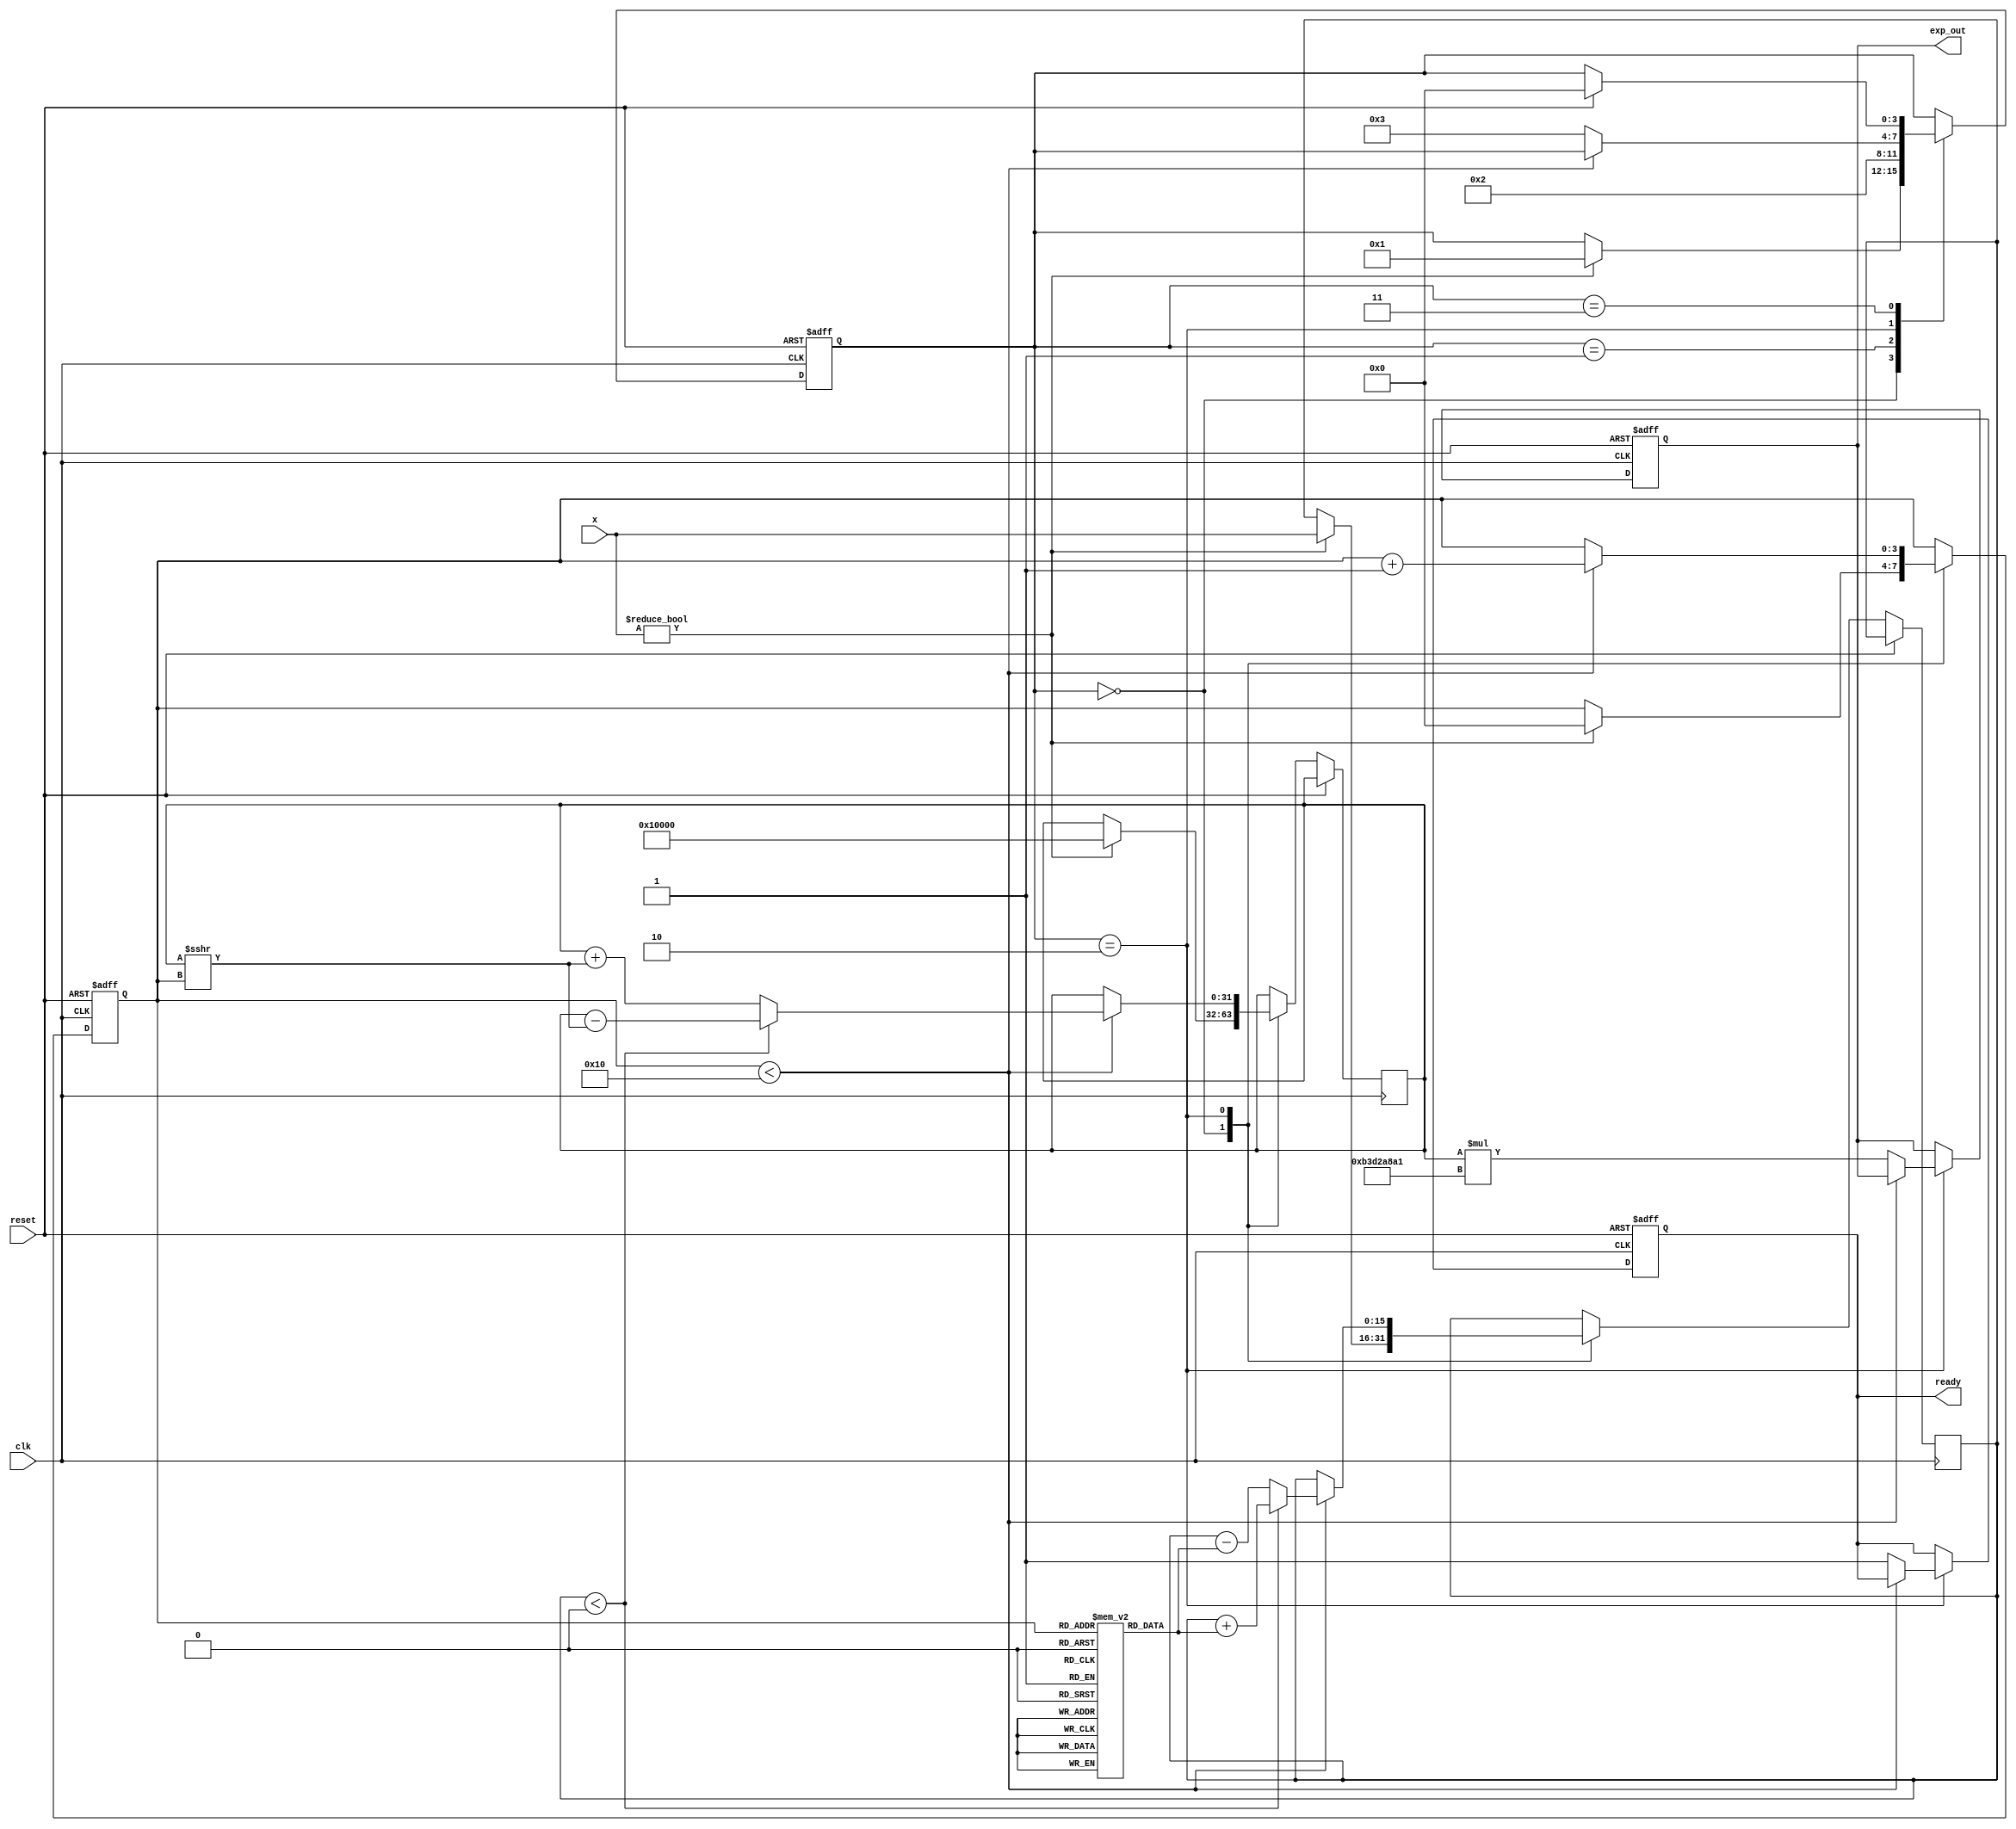
module CORDIC_Exponential(
    input  wire clk,
    input  wire reset,
    input  wire [15:0] x, // Fixed-point input for x
    output reg  [31:0] exp_out, // Fixed-point output for e^x
    output reg ready // Signal indicating output is valid
);

    // Parameters
    parameter N = 16; // Number of iterations
    parameter SCALE_FACTOR = 32'hB3D2A8A1; // Pre-computed scaling factor for e^x

    // Internal signals
    reg [15:0] z [0:N-1]; // Pre-defined constants for angles
    reg [15:0] x_t; // Current x value
    reg [31:0] y_t; // Current y value
    reg [3:0] state; // State machine
    reg [3:0] iteration; // Iteration counter

    localparam IDLE = 4'b0000;
    localparam INIT = 4'b0001;
    localparam CALC = 4'b0010;
    localparam DONE = 4'b0011;

    // Initialize lookup table
    initial begin
        z[0] = 16'h0; // Angle for first iteration
        z[1] = 16'h1; // Example values; fill with required hyperbolic angles
        // Fill the z array with appropriate angle values for exponential CORDIC
        // ...
    end

    // State machine
    always @(posedge clk or posedge reset) begin
        if (reset) begin
            state <= IDLE;
            exp_out <= 32'b0;
            ready <= 1'b0;
            iteration <= 4'b0;
        end else begin
            case (state)
                IDLE: begin
                    if (x != 16'b0) begin
                        x_t <= x;
                        y_t <= 32'h1 << 16; // Initial y value (fixed-point representation of 1)
                        iteration <= 4'b0;
                        state <= INIT;
                    end
                end
                INIT: begin
                    // Start the calculation
                    state <= CALC;
                end
                CALC: begin
                    if (iteration < N) begin
                        // CORDIC iterative calculation for e^x
                        if (x_t < 16'b0) begin
                            y_t <= y_t - (y_t >>> iteration); // Subtracting for convergence
                            x_t <= x_t + z[iteration]; // Update x for next iteration
                        end else begin
                            y_t <= y_t + (y_t >>> iteration); // Adding for convergence
                            x_t <= x_t - z[iteration]; // Update x for next iteration
                        end
                        iteration <= iteration + 1;
                    end else begin
                        // Final scaling
                        exp_out <= y_t * SCALE_FACTOR; 
                        ready <= 1'b1; // Indicate output is valid
                        state <= DONE;
                    end
                end
                DONE: begin
                    // Wait for reset or new input
                    if (reset) begin
                        state <= IDLE;
                    end
                end
            endcase
        end
    end
endmodule